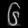
Digit: ၆